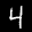
Label: 4